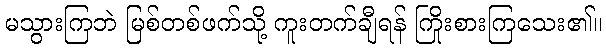
မသွားကြဘဲ မြစ်တစ်ဖက်သို့ ကူးတက်ချီရန် ကြိုးစားကြသေး၏။